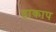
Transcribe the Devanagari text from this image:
हाकाप